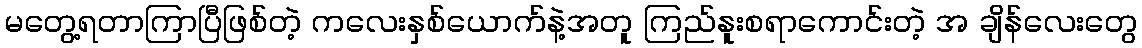
မတွေ့ရတာကြာပြီဖြစ်တဲ့ ကလေးနှစ်ယောက်နဲ့အတူ ကြည်နူးစရာကောင်းတဲ့ အ ချိန်လေးတွေ